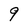
Character: 9